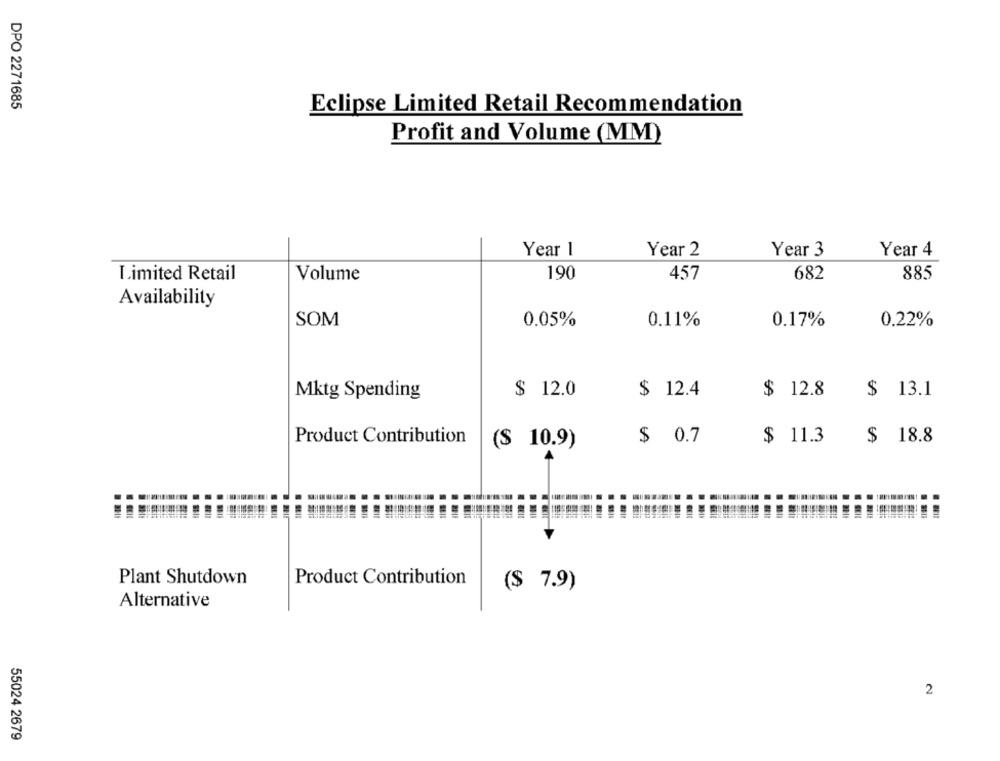
DPO 2271685
Eclipse Limited Retail Recommendation
Profit and Volume (MM)
Year 1
Year 2
Year 3
Year 4
Limited Retail
Volume
190
457
682
885
Availability
SOM
0.05%
0.11%
0.17%
0.22%
Mktg Spending
$ 12.0
$ 12.4
$ 12.8
$ 13.1
Product Contribution
$ 0.7
$ 11.3
$ 18.8
($ 10.9)
Plant Shutdown
Product Contribution
($ 7.9)
Alternative
2
55024 2679